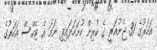
އަހަރުގެ 31 ޖެނުއަރީ ގެ ކުރިން ހުށަހަޅައިފި ނަމަ އެ ޓެކްސް އަހަރުގެ